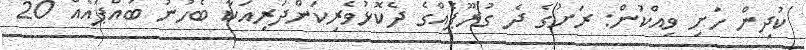
ކުދިން ހަށި ވިއްކުން: ރަށުގެ ދެ ގުރޫޕެއްގެ ދެކޮޅުވެރިކަންދަރިއަކާ ބެހުނު ބައްޕައެއް 20